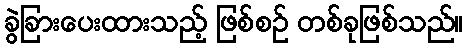
ခွဲခြားပေးထားသည့် ဖြစ်စဉ် တစ်ခုဖြစ်သည်။